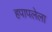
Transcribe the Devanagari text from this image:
हपापलेला